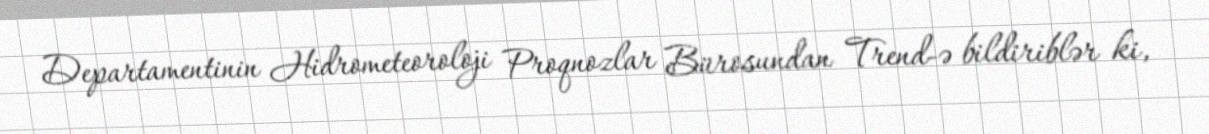
Departamentinin Hidrometeoroloji Proqnozlar Bürosundan Trend-ə bildiriblər ki,